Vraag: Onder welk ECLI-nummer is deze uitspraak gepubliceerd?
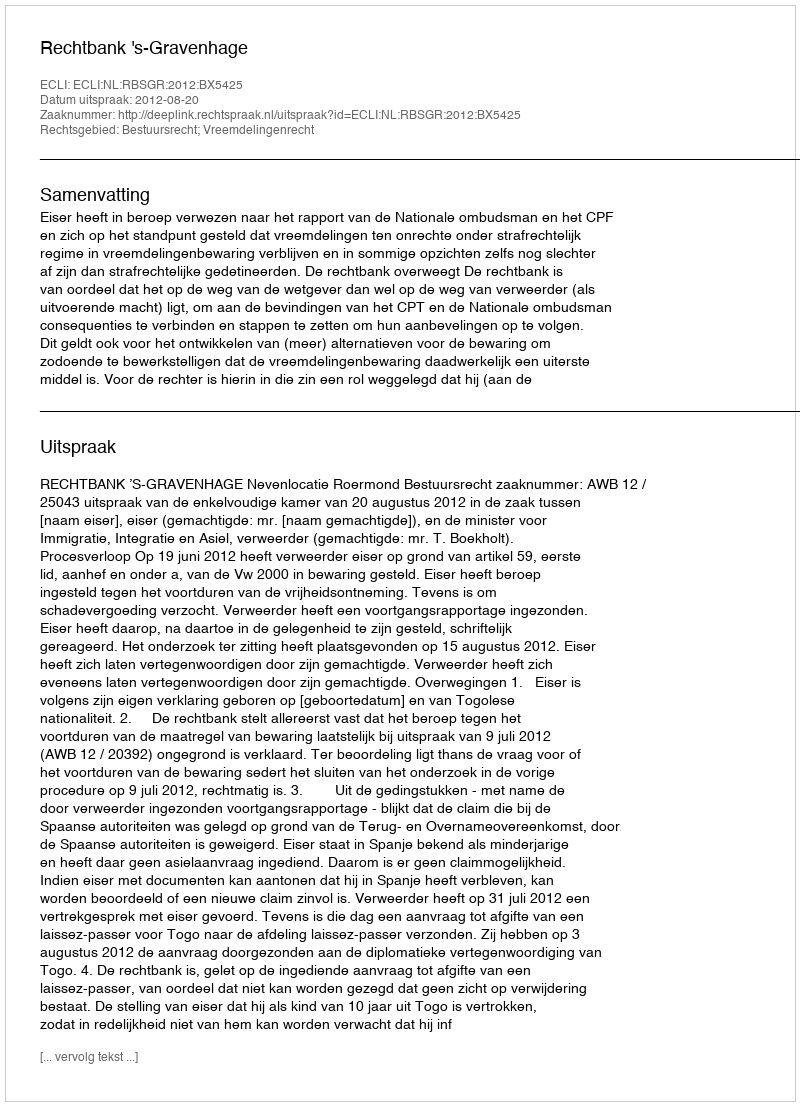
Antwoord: ECLI:NL:RBSGR:2012:BX5425